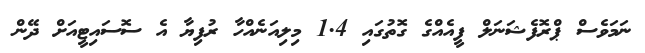
ނަމަވެސް ޕްރޮފެޝަނަލް ފީއެއްގެ ގޮތުގައި 1.4 މިލިއަނެއްހާ ރުފިޔާ އެ ސޮސައިޓީއަށް ދޭން